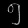
Digit: ၅